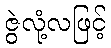
ဇွဲလုံ့လဖြင့်